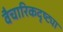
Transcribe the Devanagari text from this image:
वैचारिकदृष्‍ट्या